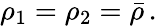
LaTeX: \rho_{1}=\rho_{2}=\bar{\rho}\, .